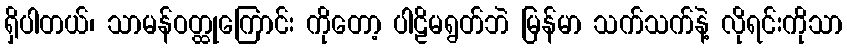
ရှိပါတယ်၊ သာမန်ဝတ္ထုကြောင်း ကိုတော့ ပါဠိမရွတ်ဘဲ မြန်မာ သက်သက်နဲ့ လိုရင်းကိုသာ